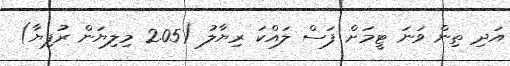
އަދި ތިން ވަނަ ޓީމަށް ފަސް ލައްކަ ރިޔާލު (2.05 މިލިޔަން ރުފިޔާ)